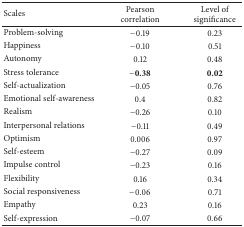
<table><thead><tr><td><b>Scales</b></td><td><b>Pearson correlation</b></td><td><b>Level of significance</b></td></tr></thead><tbody><tr><td>Problem-solving</td><td>−0.19</td><td>0.23</td></tr><tr><td>Happiness</td><td>−0.10</td><td>0.51</td></tr><tr><td>Autonomy</td><td>0.12</td><td>0.48</td></tr><tr><td>Stress tolerance</td><td><b>−0.38</b></td><td><b>0.02</b></td></tr><tr><td>Self-actualization</td><td>−0.05</td><td>0.76</td></tr><tr><td>Emotional self-awareness</td><td>0.4</td><td>0.82</td></tr><tr><td>Realism</td><td>−0.26</td><td>0.10</td></tr><tr><td>Interpersonal relations</td><td>−0.11</td><td>0.49</td></tr><tr><td>Optimism</td><td>0.006</td><td>0.97</td></tr><tr><td>Self-esteem</td><td>−0.27</td><td>0.09</td></tr><tr><td>Impulse control</td><td>−0.23</td><td>0.16</td></tr><tr><td>Flexibility</td><td>0.16</td><td>0.34</td></tr><tr><td>Social responsiveness</td><td>−0.06</td><td>0.71</td></tr><tr><td>Empathy</td><td>0.23</td><td>0.16</td></tr><tr><td>Self-expression</td><td>−0.07</td><td>0.66</td></tr></tbody></table>